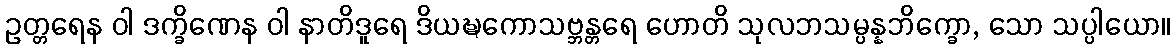
ဥတ္တရေန ဝါ ဒက္ခိဏေန ဝါ နာတိဒူရေ ဒိယဍ္ဎကောသဗ္ဘန္တရေ ဟောတိ သုလဘသမ္ပန္နဘိက္ခော, သော သပ္ပါယော။